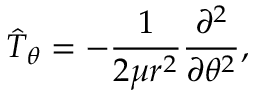
\hat { T } _ { \theta } = - \frac { 1 } { 2 \mu r ^ { 2 } } \frac { \partial ^ { 2 } } { \partial \theta ^ { 2 } } ,